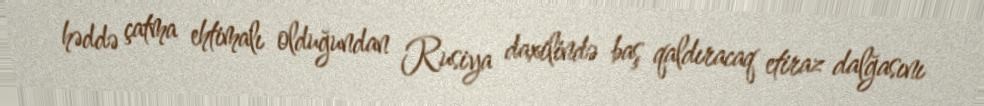
həddə çatma ehtimalı olduğundan Rusiya daxilində baş qaldıracaq etiraz dalğasını